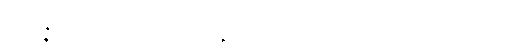
ပဋိပဇ္ဇိ၊ သွား၏။ တာဝ၊ ထိုရွေ့လောက်။ ဣဓေဝ၊ ဤအရပ်၌သာလျှင်။